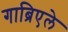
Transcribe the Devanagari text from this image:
गाब्रिएले